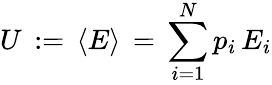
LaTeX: U\, :=\, \langle E\rangle\, =\, \sum_{i=1}^{N}p_{i}\, E_{i}